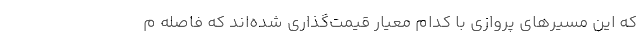
که این مسیرهای پروازی با کدام معیار قیمت‌گذاری شده‌اند که فاصله م